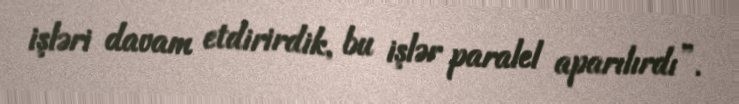
işləri davam etdirirdik, bu işlər paralel aparılırdı”.